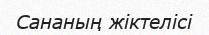
Сананың жіктелісі